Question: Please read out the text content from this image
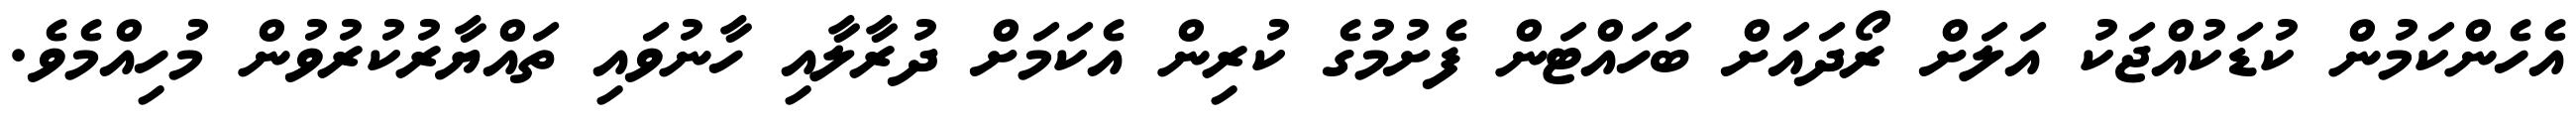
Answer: އެހެންކަމުން ކުޑަކުއްޖަކު އަލަށް ރޯދައަށް ބަހައްޓަން ފެށުމުގެ ކުރިން އެކަމަށް ދުރާލާއި ހާނުވައި ތައްޔާރުކުރުވުން މުހިއްމެވެ.